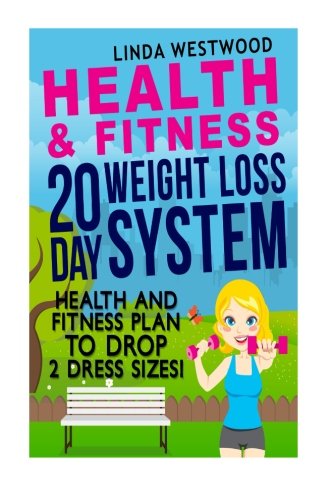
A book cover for Health And Fitness: 20 Day Weight Loss System - Health And Fitness Plan To Drop 2 Dress Sizes!; Linda Westwood; Health, Fitness & Dieting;